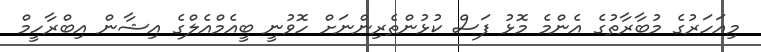
މިއަހަރުގެ މުބާރާތުގެ އެންމެ މޮޅު ފަސް ކުޅުންތެރިންނަށް ހޮވުނީ ބީއެމްއެލްގެ އިޝާން އިބްރާހީމް